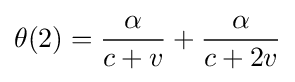
\theta (2)={\frac {\alpha }{c+v}}+{\frac {\alpha }{c+2v}}